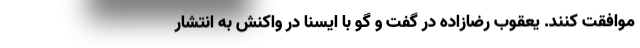
موافقت کنند. یعقوب رضازاده در گفت و گو با ایسنا در واکنش به انتشار